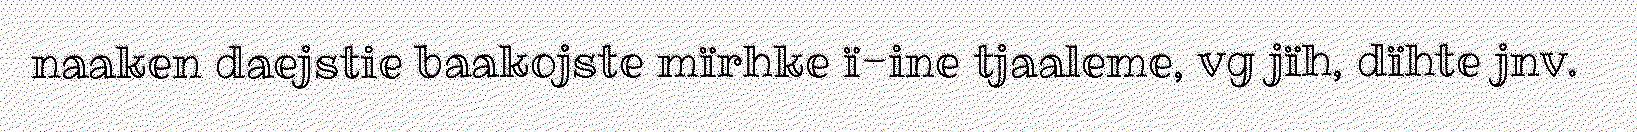
naaken daejstie baakojste mïrhke ï-ine tjaaleme, vg jïh, dïhte jnv.